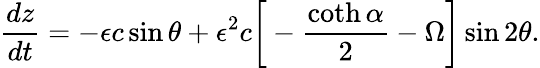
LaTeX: \frac{dz}{dt}=-\epsilon c\sin\theta+\epsilon^{2}c\bigg[-\frac{\coth\alpha}{2}-\Omega\bigg]\sin 2\theta.